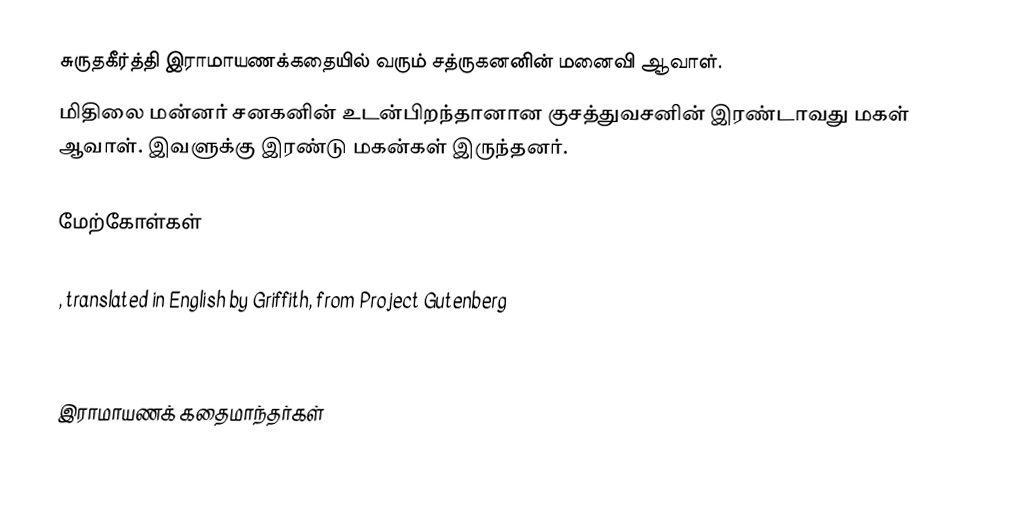
சுருதகீர்த்தி  இராமாயணக்கதையில் வரும் சத்ருகனனின் மனைவி ஆவாள்.
மிதிலை மன்னர் சனகனின் உடன்பிறந்தானான  குசத்துவசனின் இரண்டாவது மகள் ஆவாள். இவளுக்கு இரண்டு மகன்கள் இருந்தனர்.

மேற்கோள்கள்

 , translated in English by Griffith, from Project Gutenberg

இராமாயணக் கதைமாந்தர்கள்